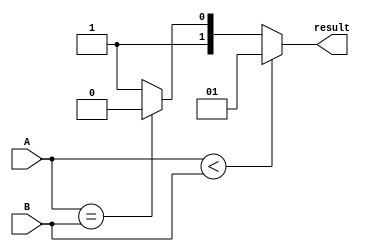
module signed_magnitude_comparator (
    input signed [7:0] A,
    input signed [7:0] B,
    output reg [1:0] result
);

always @* begin
    if (A < B) begin
        result = 2'b01; // A < B
    end else if (A == B) begin
        result = 2'b10; // A = B
    end else begin
        result = 2'b11; // A > B
    end
end

endmodule